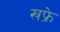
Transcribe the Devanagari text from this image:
खफ्रे